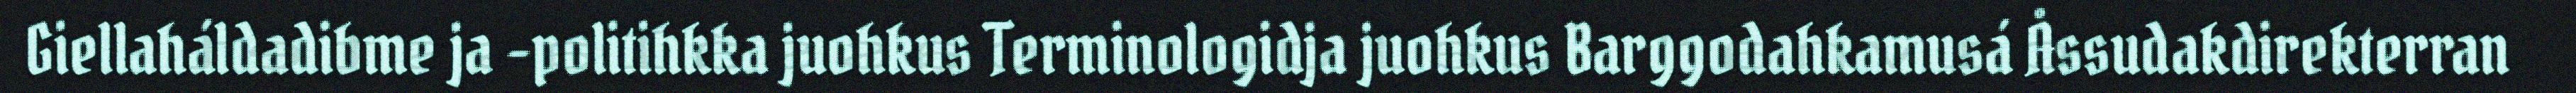
Giellaháldadibme ja -politihkka juohkus Terminologidja juohkus Barggodahkamusá Åssudakdirekterran